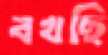
বখছি